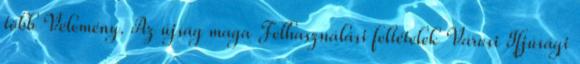
több Vélemény. Az újság maga Felhasználási feltételek Városi Ifjúsági